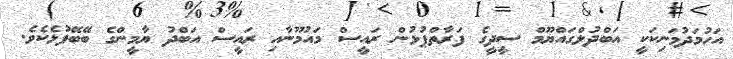
އަހުމަދުމަނިކަކީ އަބްދުލްގައްޔޫމް ސީދީގެ ފަރާތްޕުޅުން ރައީސް މައުމޫނާއި ރައީސް އަބްދު ޔާމީންގެ ބޭބޭފުޅެކެވެ.